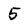
Character: 5